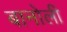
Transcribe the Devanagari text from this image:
बानोली